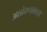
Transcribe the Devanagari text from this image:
अशोकचक्राला